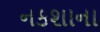
નકશાના